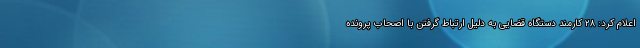
اعلام کرد: ۲۸ کارمند دستگاه قضایی به دلیل ارتباط گرفتن با اصحاب پرونده